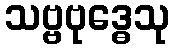
သဗ္ဗဗုဒ္ဓေသု